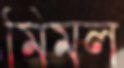
মিমল